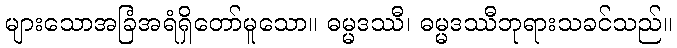
များသောအခြံအရံရှိတော်မူသော။ ဓမ္မဒဿီ၊ ဓမ္မဒဿီဘုရားသခင်သည်။